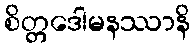
စိတ္တဒေါမနဿာနိ